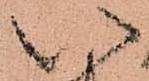
い